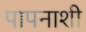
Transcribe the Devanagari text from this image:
पापनाशी